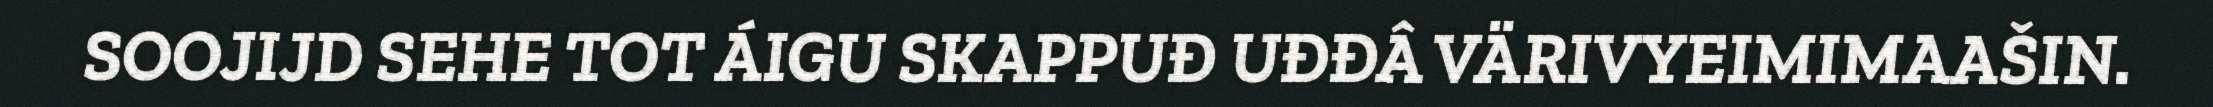
SOOJIJD SEHE TOT ÁIGU SKAPPUĐ UĐĐÂ VÄRIVYEIMIMAAŠIN.